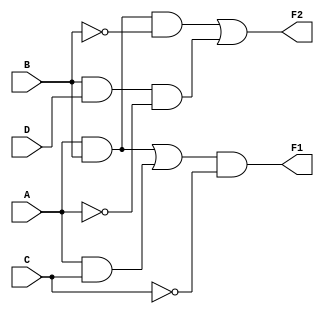
module combinational_logic_block (
    input wire A,
    input wire B,
    input wire C,
    input wire D,
    output wire F1,
    output wire F2
);

// Intermediate signals for multi-level simplifications
wire AB;        // A AND B
wire AC;        // A AND C
wire BD;        // B AND D
wire notA;      // NOT A
wire notB;      // NOT B
wire notC;      // NOT C

// Level 1: Basic logic operations
assign AB = A & B;          // AND operation
assign AC = A & C;          // AND operation
assign BD = B & D;          // AND operation
assign notA = ~A;           // NOT operation
assign notB = ~B;           // NOT operation
assign notC = ~C;           // NOT operation

// Level 2: Simplified expressions using multi-level techniques
assign F1 = (AB | AC) & notC; // Example: F1 = (A AND B) OR (A AND C) AND NOT C
assign F2 = (AB & notB) | (BD & notA); // Example: F2 = (A AND B AND NOT B) OR (B AND D AND NOT A)

// Testbench for validation
endmodule